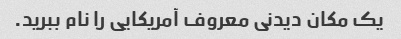
یک مکان دیدنی معروف آمریکایی را نام ببرید.